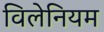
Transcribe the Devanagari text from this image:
विलेनियम